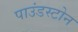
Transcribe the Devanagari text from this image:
पाउंडस्टोन